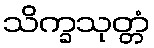
သိက္ခသုတ္တံ